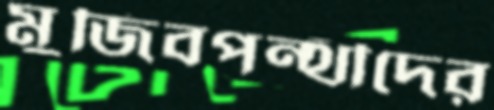
মুজিবপন্থীদের